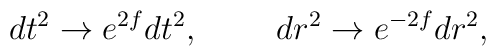
dt^2\to e^{2f}dt^2,\ \ \ \ \ \ \ dr^2\to e^{-2f}dr^2,